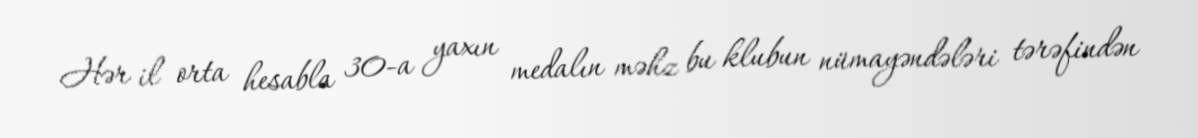
Hər il orta hesabla 30-a yaxın medalın məhz bu klubun nümayəndələri tərəfindən